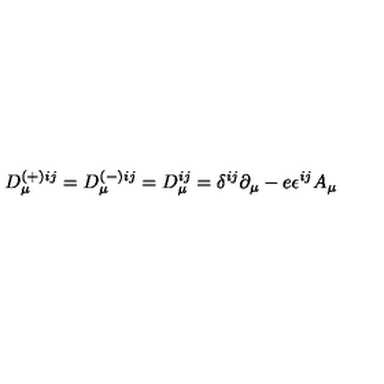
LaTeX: D _ { \mu } ^ { ( + ) i j } = D _ { \mu } ^ { ( - ) i j } = D _ { \mu } ^ { i j } = \delta ^ { i j } \partial _ { \mu } - e \epsilon ^ { i j } A _ { \mu }